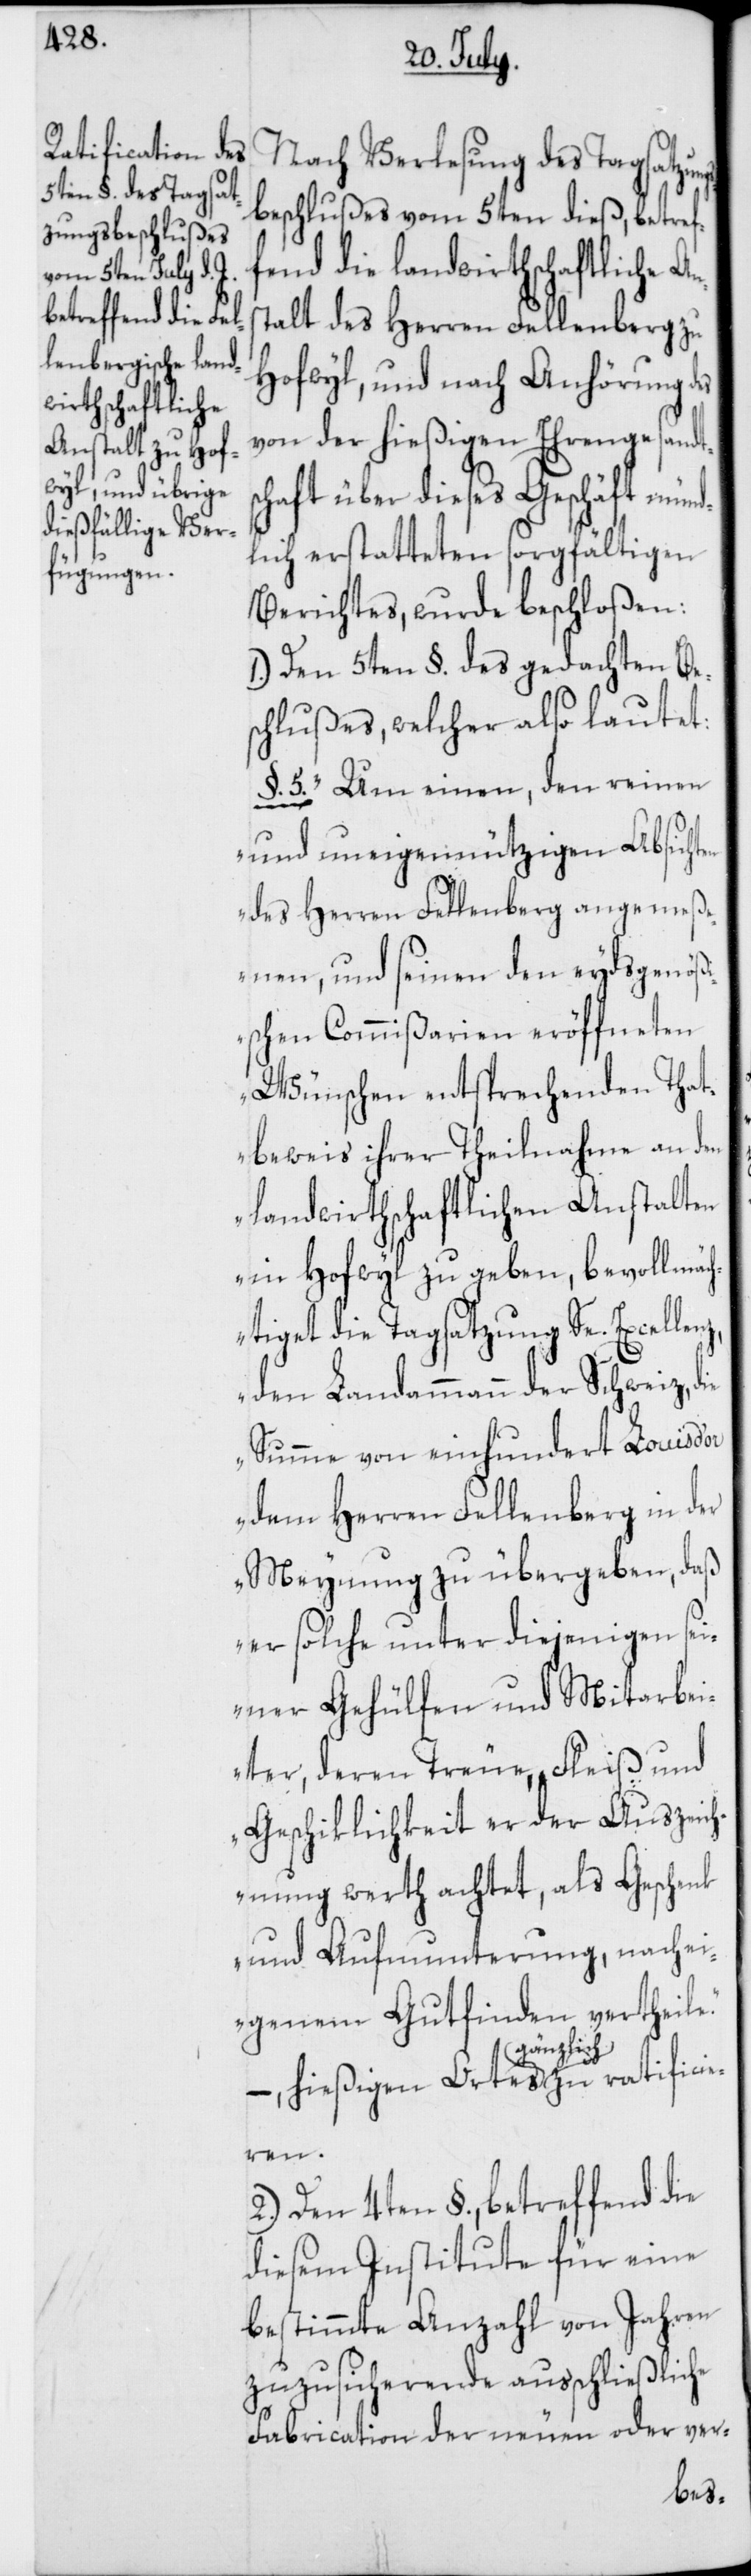
Nach Verlesung des Tagsatz¬
beschlußes vom 5ten dieß, betref¬
fend die landwirthschaftliche A¬
talt des Herren Fellenberg zu
Hofwyl, und nach Anhörung des
von der hießigen Ehrengesandts¬
chaft über dieses Geschäft mün¬
dlich erstatteten sorgfältigen
Berichtes, wurde beschloßen:
1.) Den 5ten §. des gedachten Bes¬
chlußes, welcher also lautet:
§. 5. „Um einen, den reinen
und uneigennützigen Absichten
des Herren Fellenberg angemeß¬
enen, und seinen den eydsgenößi¬
schen Commißarien eröffneten
Wünschen entsprechenden That¬
beweis ihrer Theilnahme an den
landwirthschaftlichen Anstalten
in Hofwyl zu geben, bevollmäch¬
tiget die Tagsatzung Se. Excel¬
den Landammann der Schweiz, die
Summe von einhundert Louis d’or
dem Herren Fellenberg in der
Meynung zu übergeben, daß
er solche unter diejenigen sei¬
ner Gehülfen und Mitarbei¬
ter, deren Treue, Fleiß und
Geschiklichkeit er der Auszeich¬
nung werth achtet, als Geschenk
und Aufmunterung, nach ei¬
genem Gutfinden vertheile“
gänzlich
lenz,
2.) Den 4ten §., betreffend die
diesem Institute für eine
bestimmte Anzahl von Jahren
zuzusichernde ausschließliche
Fabrication der neuen oder ver-